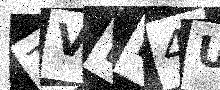
Text: TVLN4U